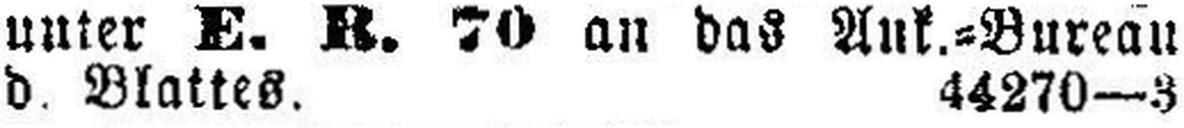
d. Blattes. 44270—3